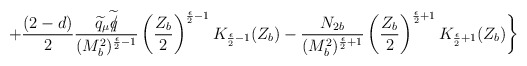
\begin{align*}+\frac{(2-d)}{2}\frac{\widetilde{q}_{\mu}\widetilde{q\hspace{-0.20cm}/}}{(M^{2}_{b})^{\frac{\epsilon}{2}-1}}\left(\frac{Z_{b}}{2}\right)^{\frac{\epsilon}{2}-1}K_{\frac{\epsilon}{2}-1}(Z_{b})-\frac{{N_{2b}}}{(M^{2}_{b})^{\frac{\epsilon}{2}+1}}\left(\frac{Z_{b}}{2}\right)^{\frac{\epsilon}{2}+1}K_{\frac{\epsilon}{2}+1}(Z_{b})\biggr\}\end{align*}